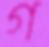
গ